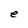
Character: e